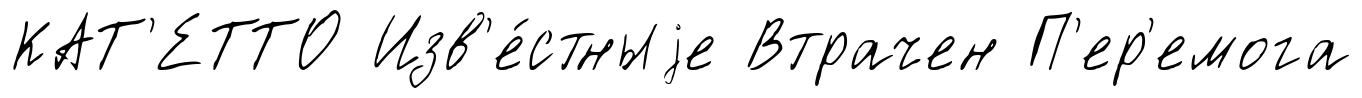
КАТ'ЕТТО Изв'е́стныjе Втрачен П'ер'емога